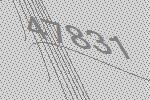
47831